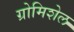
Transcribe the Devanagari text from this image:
ग्रोमिशेल